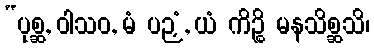
“ပုစ္ဆ, ဝါသဝ, မံ ပဉှံ, ယံ ကိဉ္စိ မနသိစ္ဆသိ၊